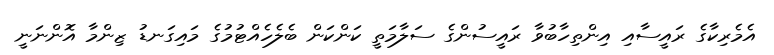
އެމެރިކާގެ ރައީސާއި އިންތިހާބުވާ ރައީސުންގެ ސަލާމަތީ ކަންކަން ބެލެހެއްޓުމުގެ މައިގަނޑު ޒިންމާ އޮންނަނީ